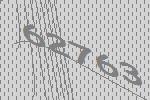
62763